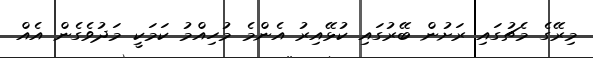
މިރޭގެ މެޗުގައި ރަށުން ބޭރުގައި ކުޅޭއިރު އެންމެ މުހިއްމު ކަމަކީ މަދުވެގެން އެއް